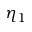
\eta _ { 1 }